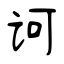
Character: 诃